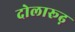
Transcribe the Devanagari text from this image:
दोलारूढ़